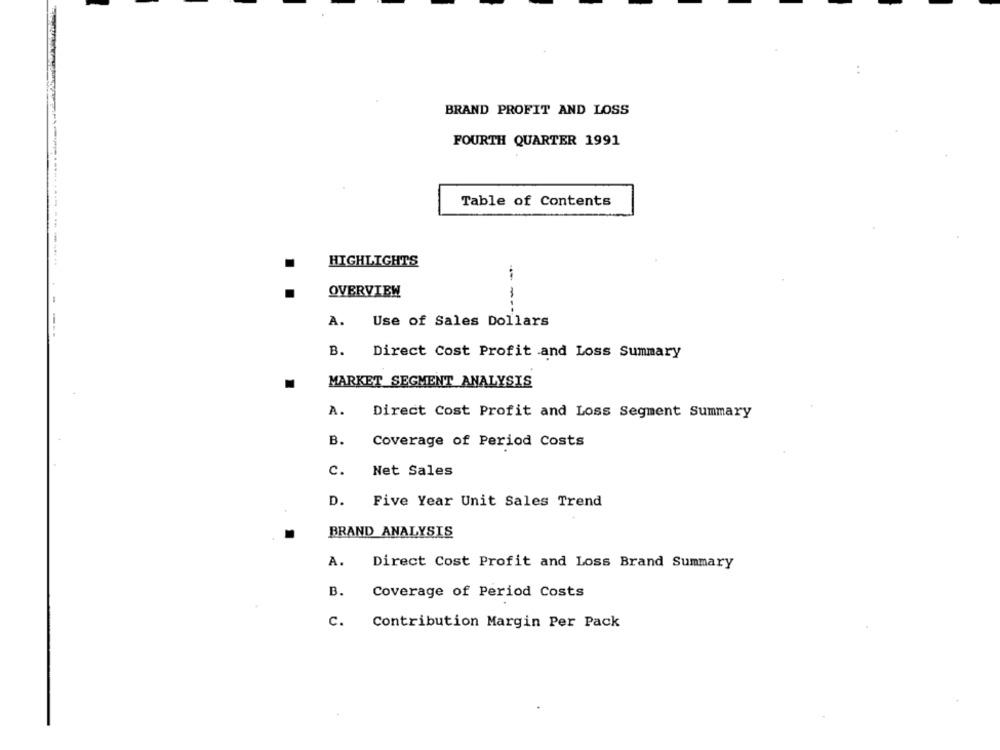
BRAND PROFIT AND LOSS
FOURTH QUARTER 1991
Table of Contents
HIGHLIGHTS
...... .... ... ......
OVERVIEW
---
A. Use of Sales Dollars
---
B. Direct Cost Profit and Loss Summary
MARKET SEGMENT ANALYSIS
A.
Direct Cost Profit and Loss Segment Summary
B.
Coverage of Period Costs
c.
Net Sales
D. Five Year Unit Sales Trend
BRAND ANALYSIS
A.
Direct Cost Profit and Loss Brand Summary
B.
Coverage of Period Costs
c.
Contribution Margin Per Pack